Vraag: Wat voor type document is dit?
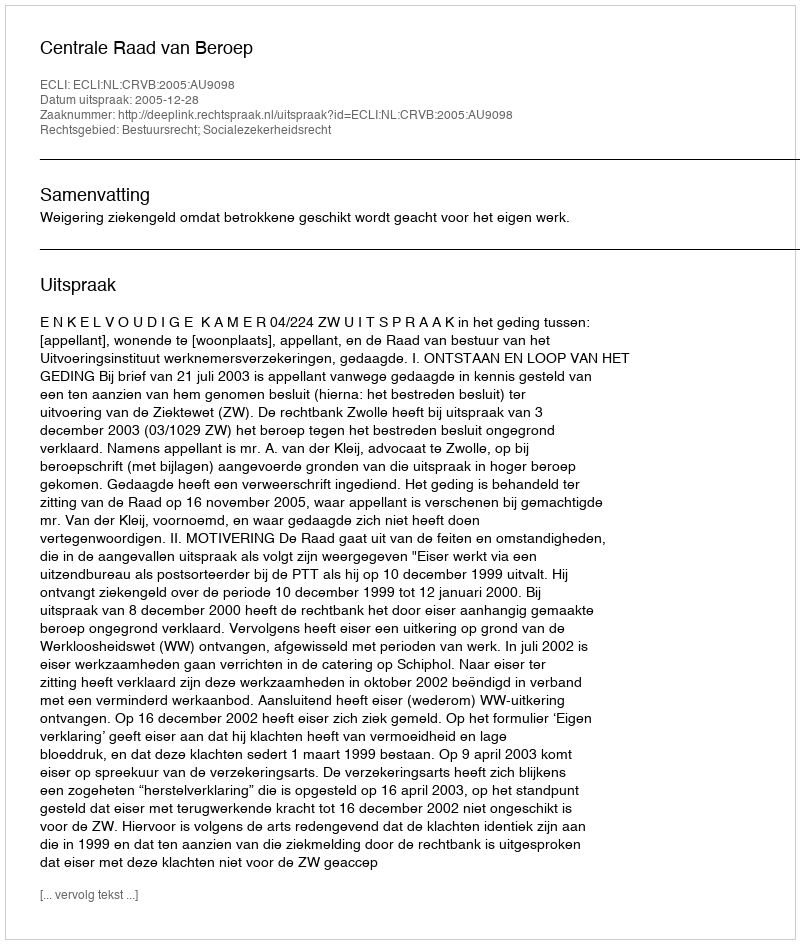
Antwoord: Uitspraak